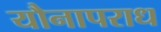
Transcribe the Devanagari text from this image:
यौनापराध